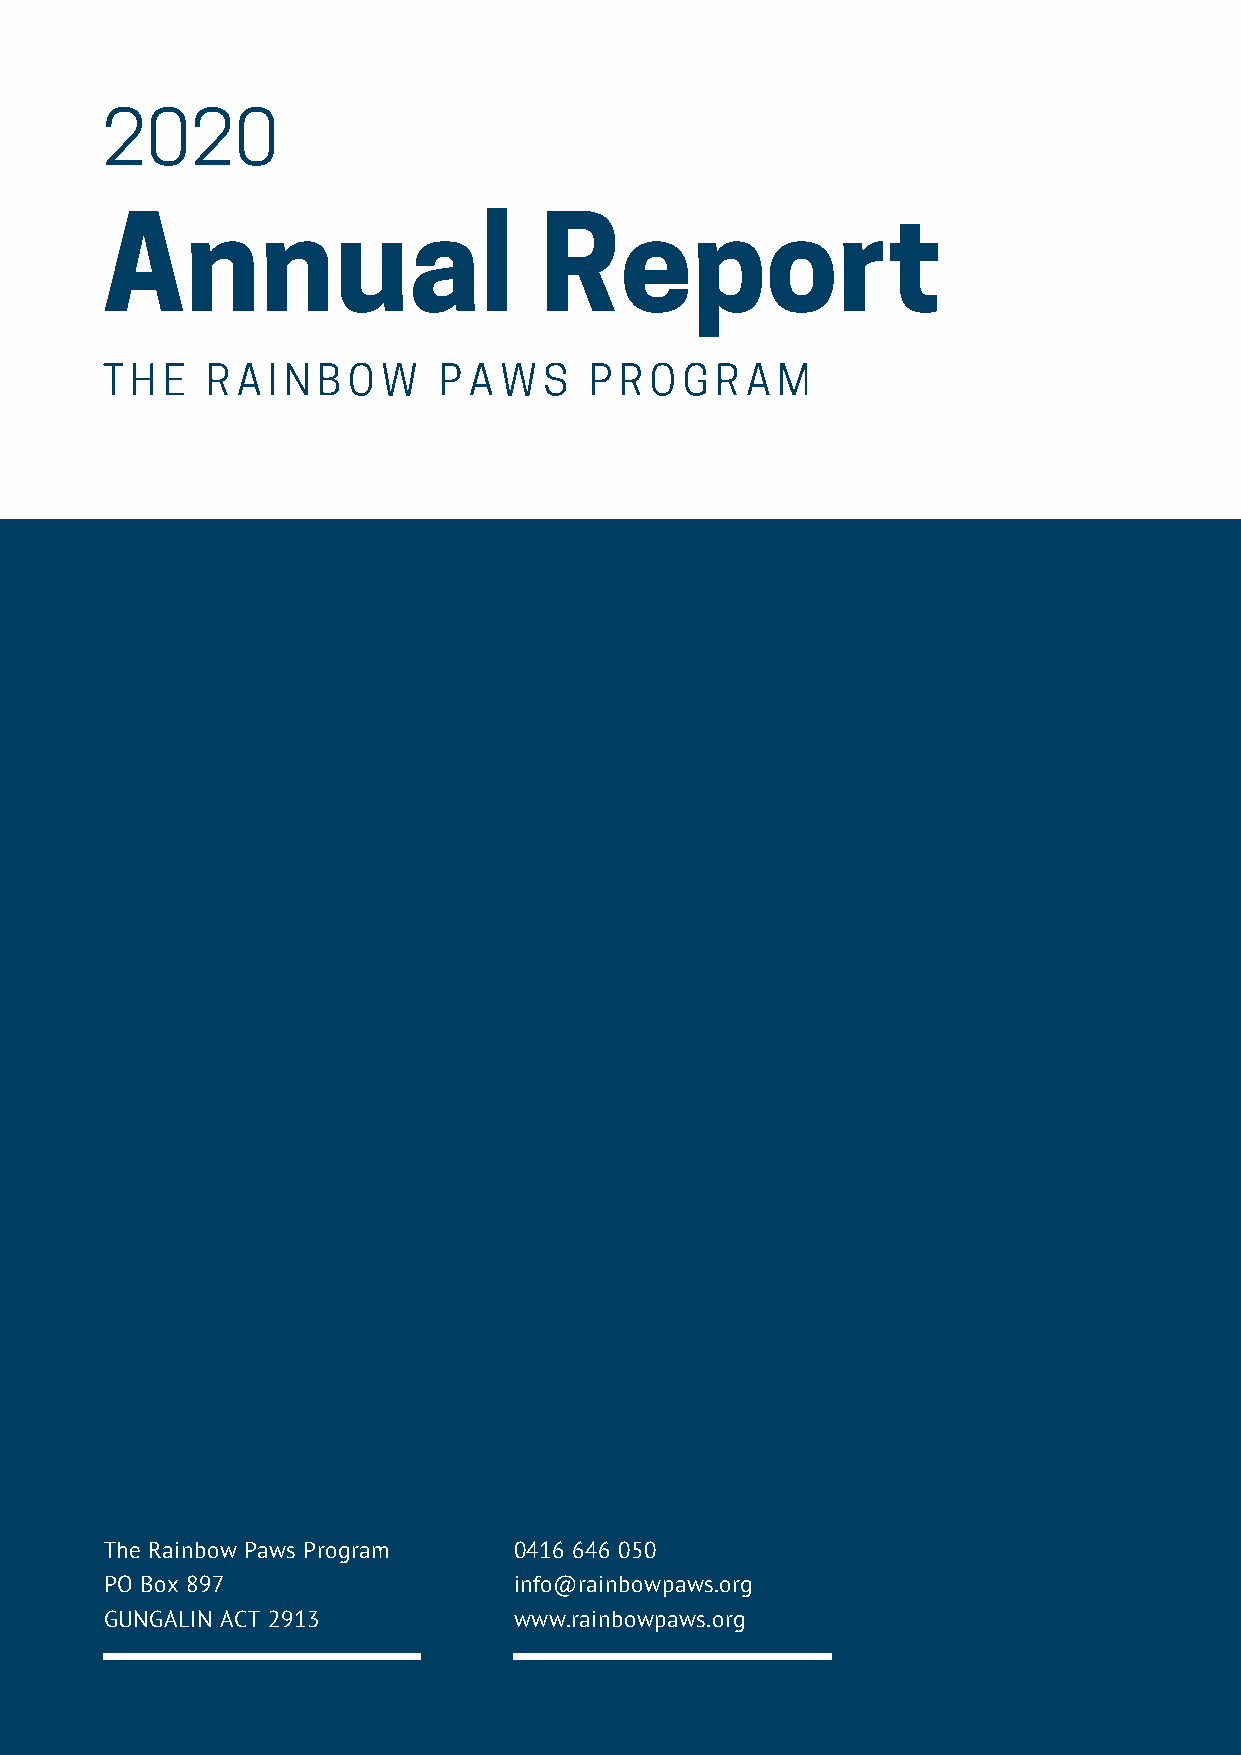
2020
 Annual                       Report
 THE    RAINBOW        PAWS      PROGRAM
 The Rainbow Paws Program   0416 646 050
 PO Box 897                 info@rainbowpaws.org
 GUNGALIN ACT 2913          www.rainbowpaws.org